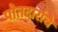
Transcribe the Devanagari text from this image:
पोतदारांचे